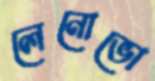
লেনোভো